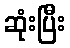
ဆုံးပြီး